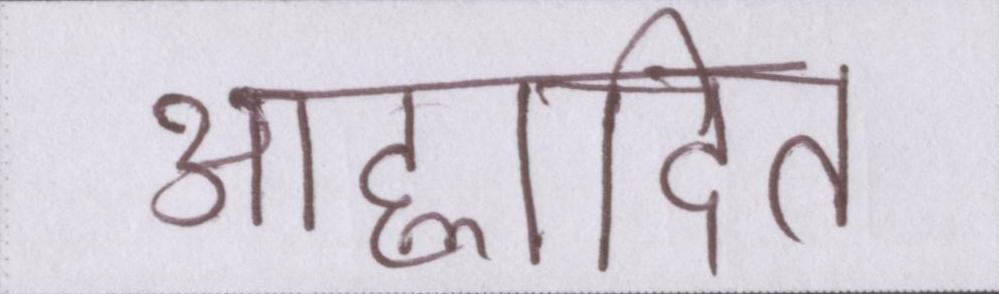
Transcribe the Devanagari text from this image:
आह्लादित